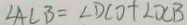
\angle A C B = \angle D C O + \angle O C B